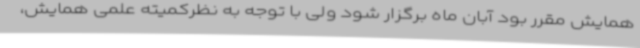
همایش مقرر بود آبان ماه برگزار شود ولی با توجه به نظرکمیته علمی همایش،